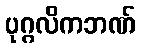
ပုဂ္ဂလိကဘဏ်